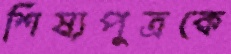
শিষ্যপুত্রকে